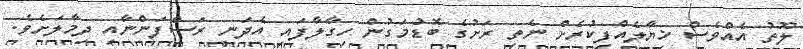
ލޫތު އެއްވެސް ޚިޔާލެއްފިކުރެށް ނެތި ރަށުގެ ބޮޑުމަގުން ހިގާލާފައި އެދަނީ ރަސްފަންނާއި ދިމާލަށެވެ.